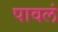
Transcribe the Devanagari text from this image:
पावलं